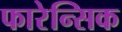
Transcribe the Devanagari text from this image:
फारेन्सिक